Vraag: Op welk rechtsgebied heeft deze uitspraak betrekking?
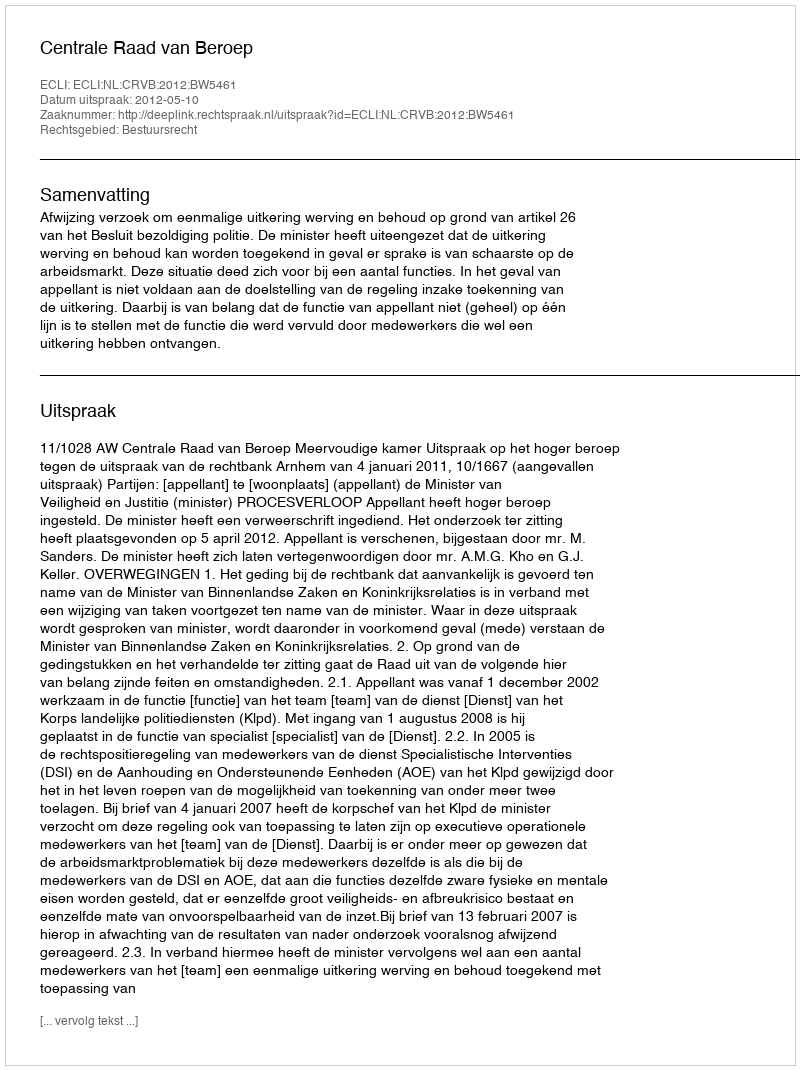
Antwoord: Bestuursrecht